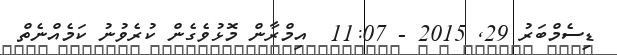
ޑިސެމްބަރު 29